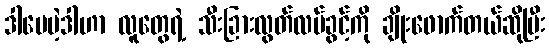
ဒါပေမဲ့ဒါဟာ လူတွေရဲ့ သီးခြားလွတ်လပ်ခွင့်ကို ချိုးဖောက်တယ်ဆိုပြီး